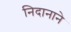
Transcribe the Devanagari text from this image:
निदानाने